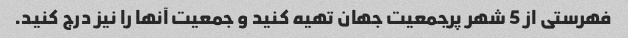
فهرستی از 5 شهر پرجمعیت جهان تهیه کنید و جمعیت آنها را نیز درج کنید.